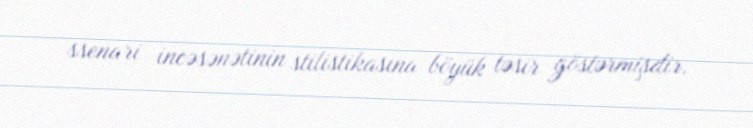
ssenari incəsənətinin stilistikasına böyük təsir göstərmişdir.